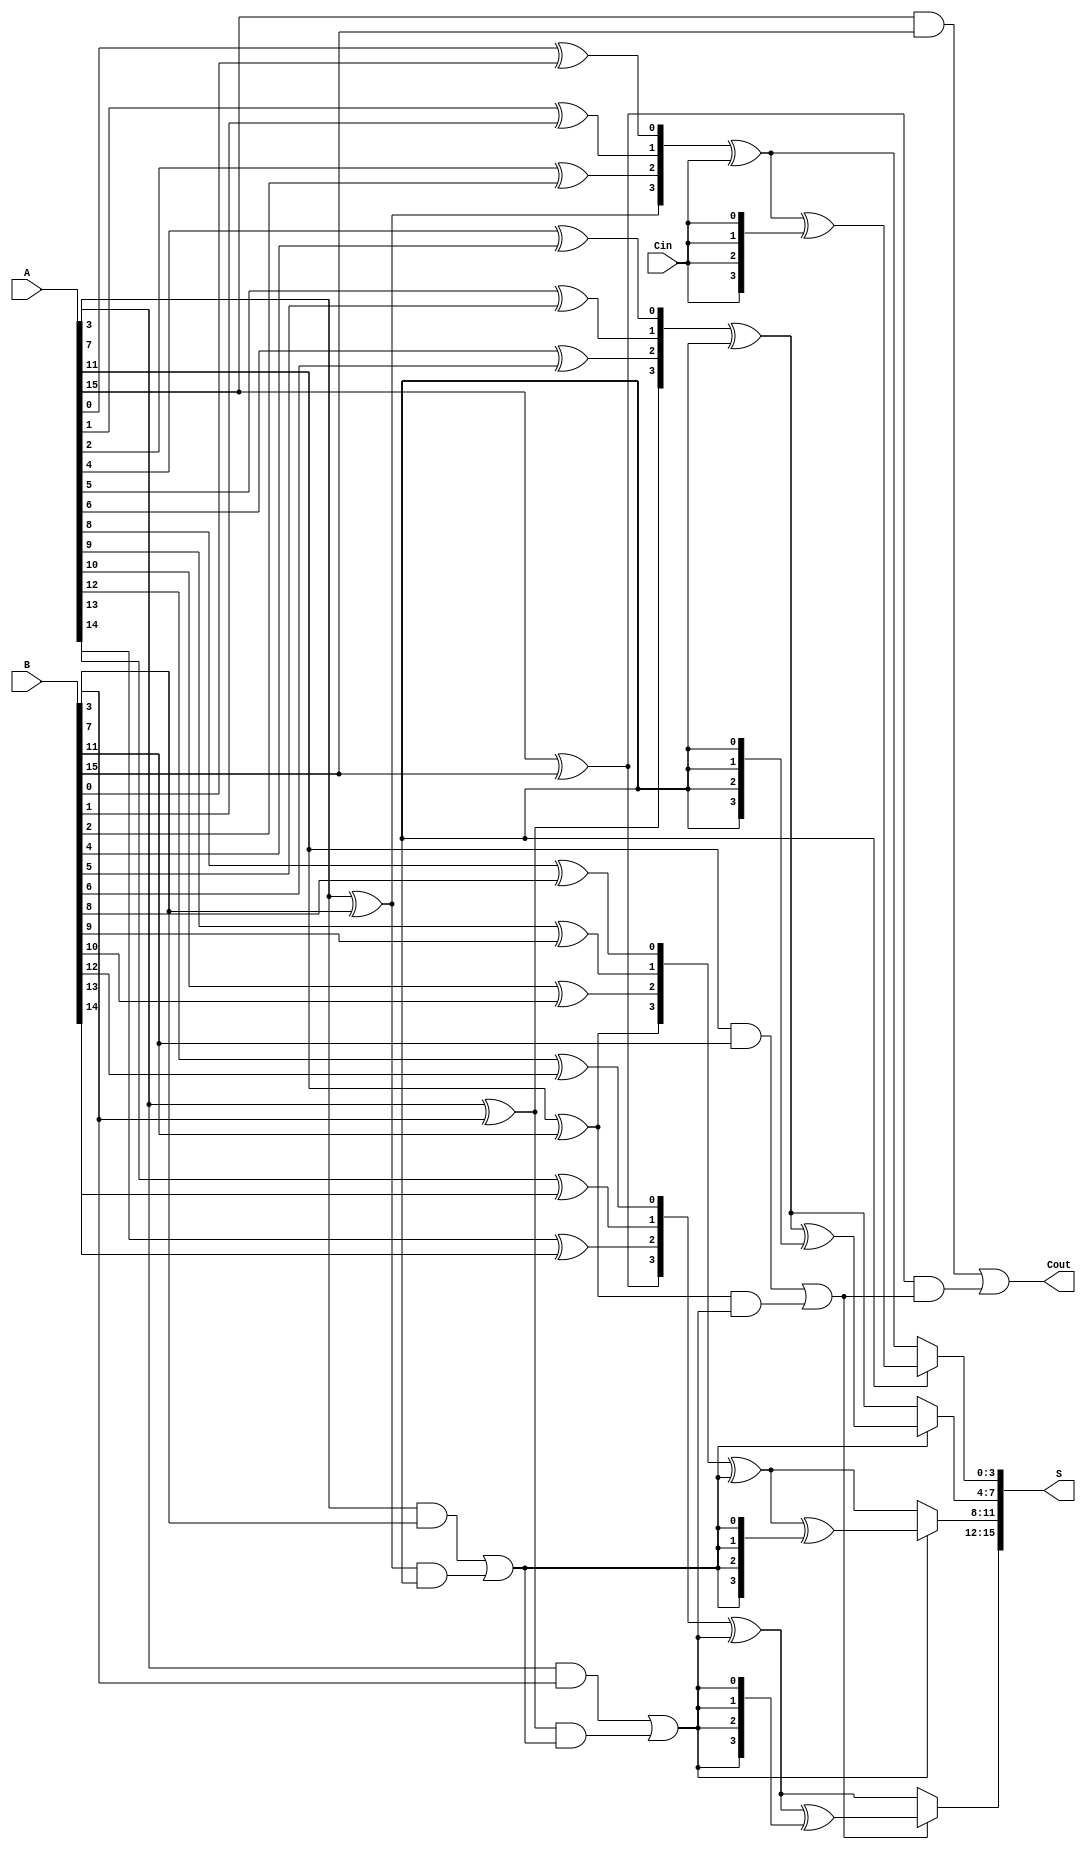
module CSPA #(parameter N = 16) (
    input [N-1:0] A,
    input [N-1:0] B,
    input Cin,
    output [N-1:0] S,
    output Cout
);
    localparam BLOCK_SIZE = 4;
    localparam NUM_BLOCKS = N / BLOCK_SIZE;

    // Intermediate signals for carries and sums
    wire [BLOCK_SIZE-1:0] P[NUM_BLOCKS-1:0]; // Propagate
    wire [BLOCK_SIZE-1:0] G[NUM_BLOCKS-1:0]; // Generate
    wire [BLOCK_SIZE-1:0] S0[NUM_BLOCKS-1:0]; // Sum if Cin=0
    wire [BLOCK_SIZE-1:0] S1[NUM_BLOCKS-1:0]; // Sum if Cin=1
    wire [NUM_BLOCKS:0] C; // Carry outputs from each block

    // Generate Propagate and Generate signals
    genvar i, j;
    generate
        for (i = 0; i < NUM_BLOCKS; i = i + 1) begin : block
            for (j = 0; j < BLOCK_SIZE; j = j + 1) begin : bit
                assign P[i][j] = A[i * BLOCK_SIZE + j] ^ B[i * BLOCK_SIZE + j]; // Propagate
                assign G[i][j] = A[i * BLOCK_SIZE + j] & B[i * BLOCK_SIZE + j]; // Generate
            end
            
            // Calculate sums based on carry-in
            if (i == 0) begin
                assign S0[i] = P[i] ^ Cin; // S if Cin = 0
                assign S1[i] = S0[i] ^ {BLOCK_SIZE{Cin}}; // S if Cin = 1
            end else begin
                assign S0[i] = P[i] ^ C[i-1]; // S if Cin = 0
                assign S1[i] = S0[i] ^ {BLOCK_SIZE{C[i-1]}}; // S if Cin = 1
            end
            
            // Carry computation
            assign C[i+1] = G[i][BLOCK_SIZE-1] | (P[i][BLOCK_SIZE-1] & C[i]);
        end
    endgenerate

    // Final carry-out
    assign Cout = C[NUM_BLOCKS];

    // Final sum calculations using multiplexers
    generate
        for (i = 0; i < NUM_BLOCKS; i = i + 1) begin : final_sum
            assign S[i * BLOCK_SIZE +: BLOCK_SIZE] = C[i] ? S1[i] : S0[i]; // MUX for sum selection
        end
    endgenerate

endmodule